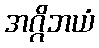
အဂ္ဂိဘယံ